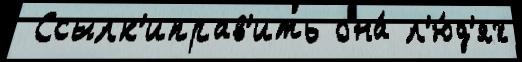
 Ссылк'иправ'ить она́ л'ю́д'ях